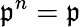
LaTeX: {\mathfrak{p}}^{n}={\mathfrak{p}}